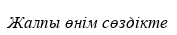
Жалпы өнім сөздікте